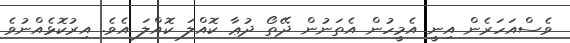
ވެސްއަހަރެން އިނީ އެމީހުން އެތަނުން ދޭތޯ ދުޢާ ކޮއްލަ ކޮއްލަ އެވެ. އިރުކޮޅެއްނުވެ